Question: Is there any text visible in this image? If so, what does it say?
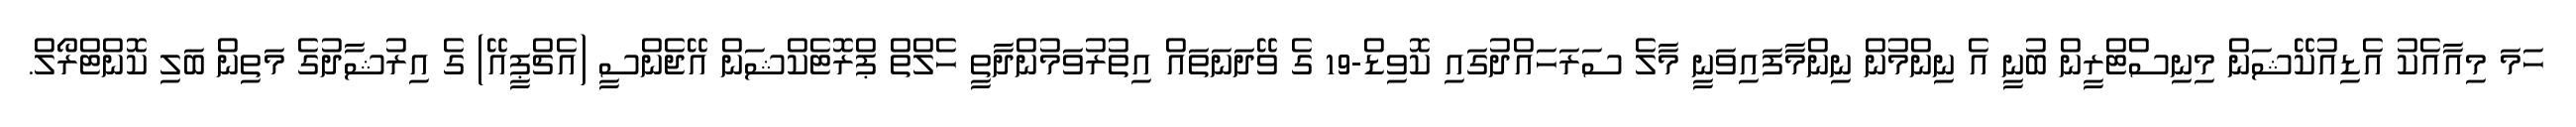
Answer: ހަމަ މިއާއެކު އެޑިއުކޭޝަން މިނިސްޓްރީން ބުނީ އެ ނިންމުން ނިންމާފައިވަނީ މާލެ ސަރަހައްދުގައި ކޮވިޑް-19 ގެ ވޭދަނަތައް އިތުރުވަމުންދާތީ ހެލްތް ޕްރޮޓެކްޝަން އޭޖެންސީ (އެޗްޕީއޭ) ގެ އިރުޝާދުގެ މަތިން ބަލި ކޮންޓްރޯލް.